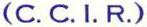
(C.C.I.R.)